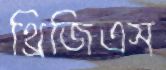
থ্রিজিএস